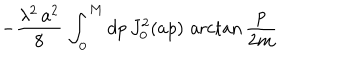
- \frac { \lambda ^ { 2 } \, a ^ { 2 } } { 8 } \, \int _ { 0 } ^ { M } d p \, J _ { 0 } ^ { 2 } ( a p ) \, \operatorname { a r c t a n } \frac { p } { 2 m }